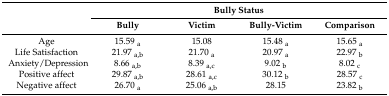
<table><thead><tr><td rowspan="2"></td><td colspan="4"><b>Bully Status</b></td></tr><tr><td><b>Bully</b></td><td><b>Victim</b></td><td><b>Bully-Victim</b></td><td><b>Comparison</b></td></tr></thead><tbody><tr><td>Age</td><td>15.59 <sub>a</sub></td><td>15.08</td><td>15.48 <sub>a</sub></td><td>15.65 <sub>a</sub></td></tr><tr><td>Life Satisfaction</td><td>21.97 <sub>a,b</sub></td><td>21.70 <sub>a</sub></td><td>20.97 <sub>a</sub></td><td>22.97 <sub>b</sub></td></tr><tr><td>Anxiety/Depression</td><td>8.66 <sub>a,b</sub></td><td>8.39 <sub>a,c</sub></td><td>9.02 <sub>b</sub></td><td>8.02 <sub>c</sub></td></tr><tr><td>Positive affect</td><td>29.87 <sub>a,b</sub></td><td>28.61 <sub>a,c</sub></td><td>30.12 <sub>b</sub></td><td>28.57 <sub>c</sub></td></tr><tr><td>Negative affect</td><td>26.70 <sub>a</sub></td><td>25.06 <sub>a,b</sub></td><td>28.15</td><td>23.82 <sub>b</sub></td></tr></tbody></table>